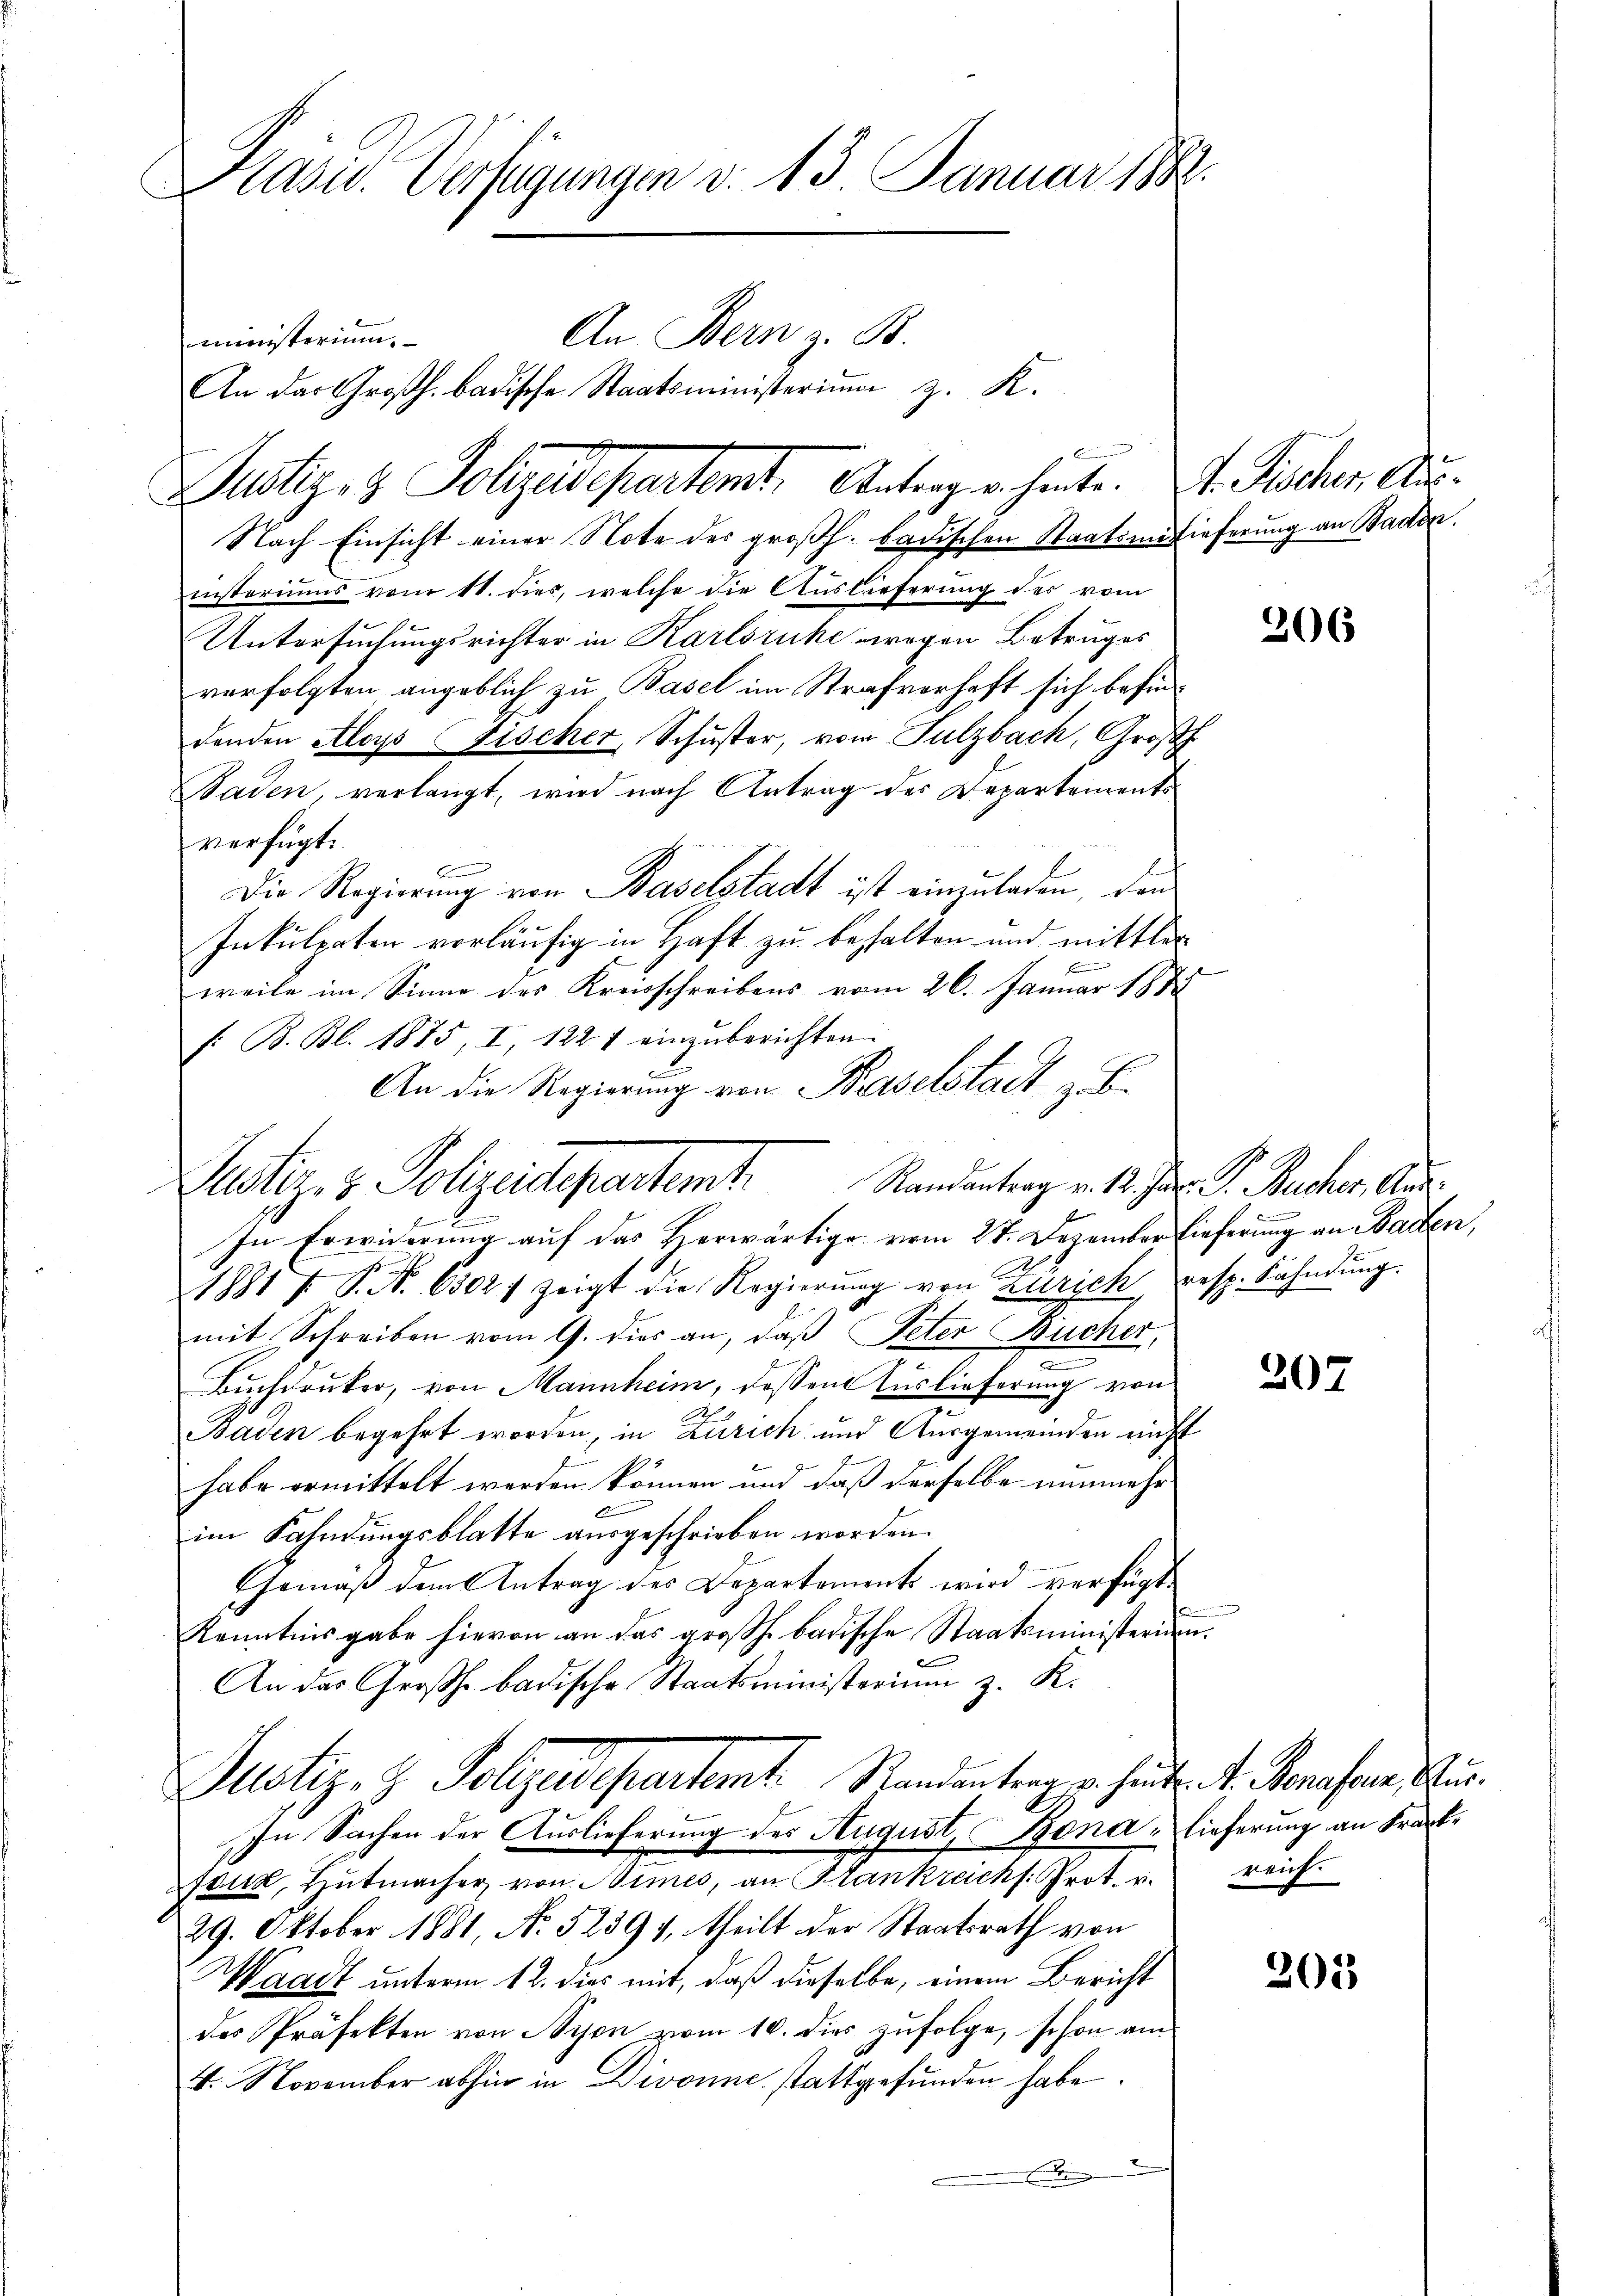
Nach Einsicht einer Note des großh. badischen Staatsantieferung an Baden.
insteriums vom 11. dies, welche die Auslieferung des vom
Untersuchungsrichter in Karlsruhe wegen Betruges
verfolgten angeblich zu Basel im Strafverhaft sich befindenden Aloys (Fischer, Schuster, vom Sulzbach, Großh.
Baden, verlangt, wird nach Antrag des Departements
verfügt:
Die Regierung von Baselstadt ist einzuladen, den
Inkulerten vorläufig in Haft zu behalten und mittler
weile im Sinne des Kreisschreibens vom 26. Januar 1888
f: B. Bl. 1875, I, 1224 einzuberichten.
An die Regierung von Baselstadt z. B.

Kasid. Verfügungen d. 13. Januar 1882.
An Bern z. B.
ministerium.
An das Großh. badische Staatsministerium z. K.
Justiz- & Polizeidepartamt Antergehente. Dr. Fischen Aus¬

Justiz- & Polizeidepartemt. Standentrag v. 12. Jur. P. Rucher, Aus
In Erwiderung auf das Herwärtige vom 27. Dezember Lieferung an Baden,

1881 f. P. Nr. 6302) zeigt die Regierŭng von Zürich resp. Fahndŭng.
mit Schreiben vom 9. dies an, daß Peter Bücher,
Buchdrucker, von Mannheim, dessen Auslieferung von
Baden begehrt worden, in Zürich und Ausgemeinden nicht
habe ermittelt werden können und daß derselbe nunmehr
d
im Fahndungsblatte ausgeschrieben worden.
Gemäß dem Antrag des Departements wird verfügt:
Kenntnisgabe hievon an das großh. badische Staatsministerium.
An das Großh. badische Staatsministerium z. K.
Justiz- & Polizeidepartemt. Randantrag pr. heute A. Bonasern, Sur
In Sachen der Auslieferung des August, Bona - Lieferung an Franke
Jauk, Hutmacher von Simes, an Krankreichs. Prot. r. reich.
29. Oktober 1881, No. 52394, theilt der Staatsrath von
Waadt unterm 12. dies mit, daß dieselbe, einem Bericht
des Präfekten von Nyon zum 10. dies zufolge, schon am
4. November abhin in Divonne stattgefunden habe.
sein

206

207

205